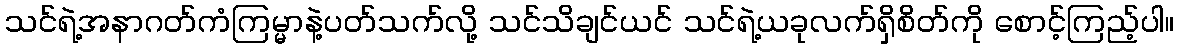
သင်ရဲ့အနာဂတ်ကံကြမ္မာနဲ့ပတ်သက်လို့ သင်သိချင်ယင် သင်ရဲ့ယခုလက်ရှိစိတ်ကို စောင့်ကြည့်ပါ။